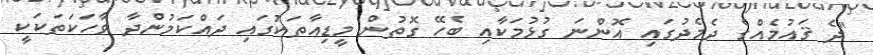
"ދެ ޤައުމެއްގެ ދެމެދުގައި އޮންނަ ގުޅުމަކާއި ބެހޭ ގޮތުން މީޑިއާތަކުގައި ދައްކަމުންދާ ވާހަކަތަކަކީ